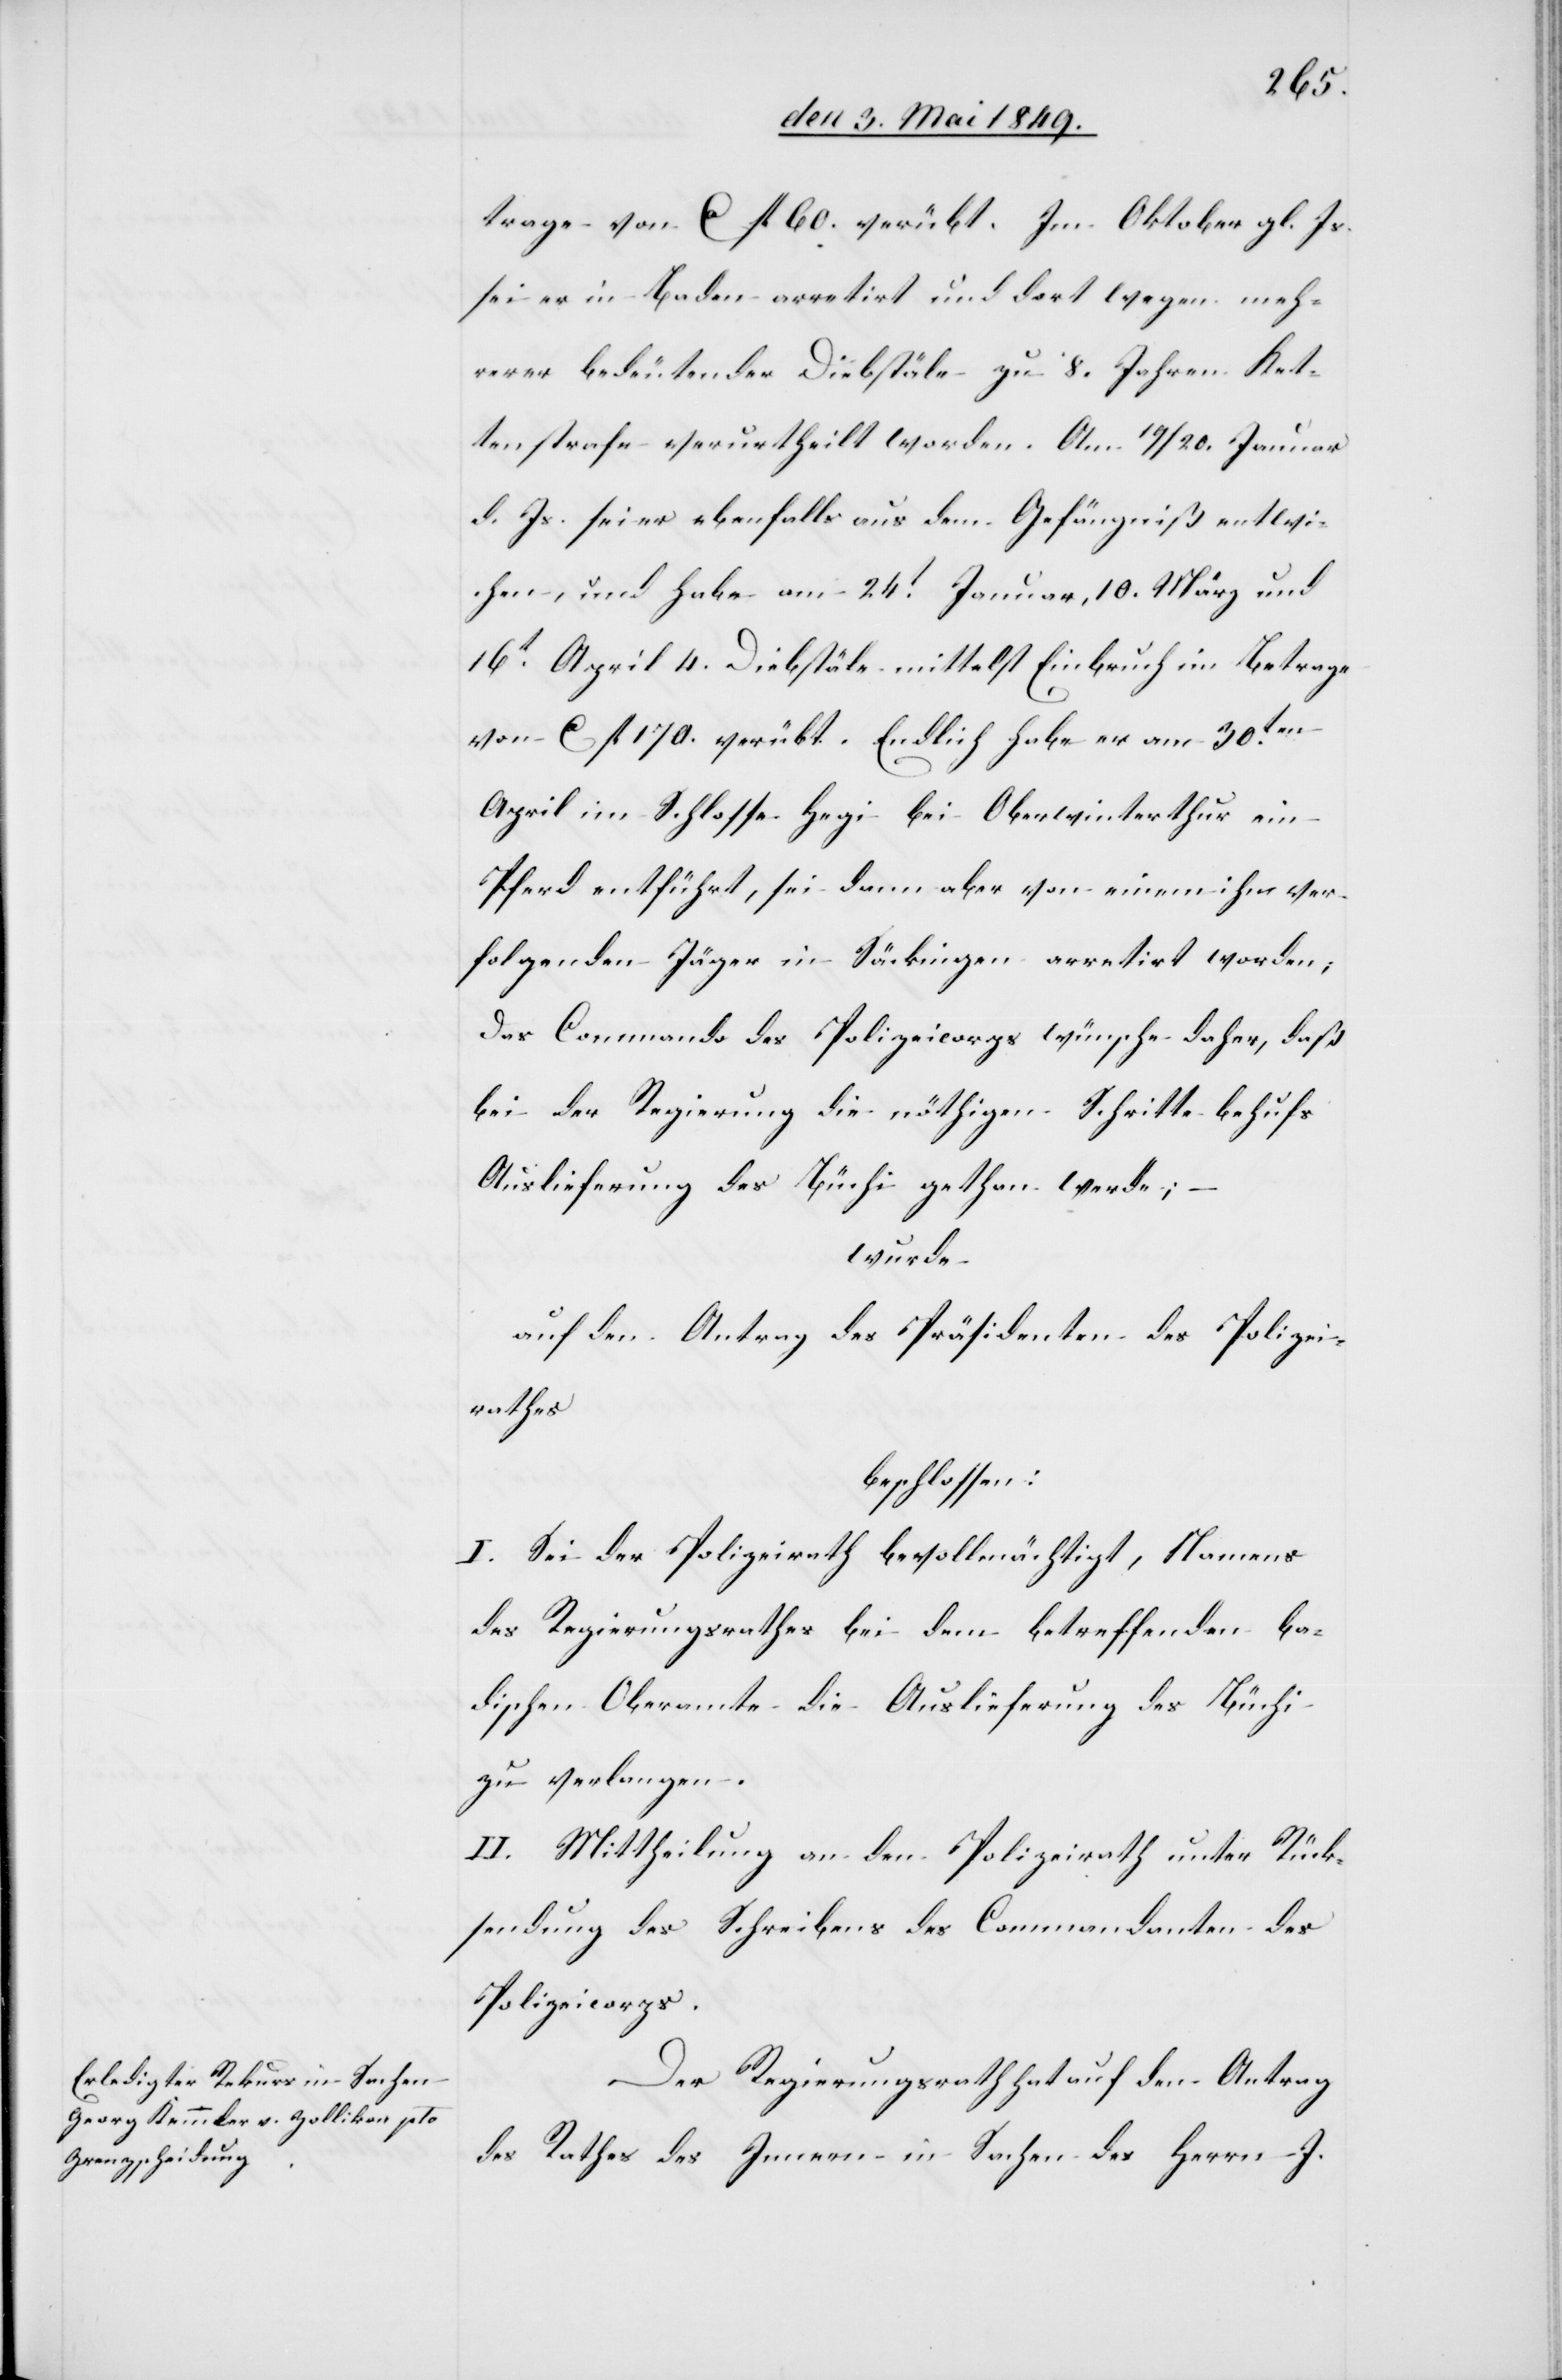
trage von ca fl. 60. verübt. Im Oktober gl. Js.
sei er in Baden arretirt und dort wegen meh¬
rerer bedeutender Diebstäle zu 8. Jahren Ket¬
tenstrafe verurtheilt worden. Am 19/20. Januar
d. Js. sei er ebenfalls aus dem Gefängniß entwi¬
chen, und habe am 24t Januar, 10. März und
16t April 4. Diebstäle mittelst Einbruch im Betrage
von ca fl. 170. verübt. Endlich habe er am 30ten
April im Schlosse Hegi bei Oberwinterthur ein
Pferd entführt, sei dann aber von einem ihn ver¬
folgenden Jäger in Säckingen arretirt worden;
Das Commando des Polizeicorps wünsche daher, daß
bei der Regierung die nöthigen Schritte behufs
Auslieferung des Büchi gethan werde; –
wurde
auf den Antrag des Präsidenten des Polizei¬
rathes
beschlossen:
I. Sei der Polizeirath bevollmächtigt, Namens
des Regierungsrathes bei dem betreffenden Ba¬
dischen Oberamte die Auslieferung des Büchi
zu verlangen.
II. Mitheilung an den Polizeirath unter Rück¬
sendung des Schreibens des Commandanten des
Polizeicorps.
Der Regierungsrath hat auf den Antrag
des Rathes des Innern in Sachen des Herrn J.